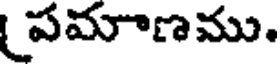
పమాణము.